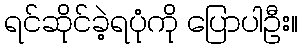
ရင်ဆိုင်ခဲ့ရပုံကို ပြောပါဦး။